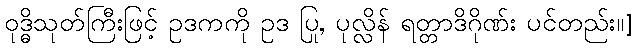
ဝုဒ္ဓိသုတ်ကြီးဖြင့် ဥဒကကို ဥဒ ပြု, ပုလ္လိန် ရတ္တာဒိဂိုဏ်း ပင်တည်း။]